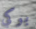
بوكي